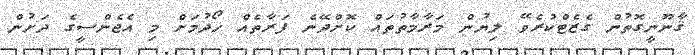
ޤާނޫނީގޮތުން ގެޒެޓްކުރެވޭ ލިޔުން މަރާމާތުތައް ކޮށްދޭނެ ފަރާތެއް ހޯދުމަށް މި އެޖެންސީގެ ދަށުން